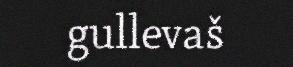
gullevaš